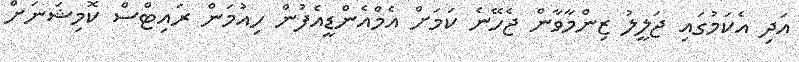
އަދި އެކަމުގައި ޖަލީލު ޒިންމާވާން ޖެހޭނެ ކަމަށް އެމްއެންޑީއެފުން ހިއުމަން ރައިޓްސް ކޮމިޝަނަށް